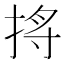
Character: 𪭺